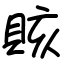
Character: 賅